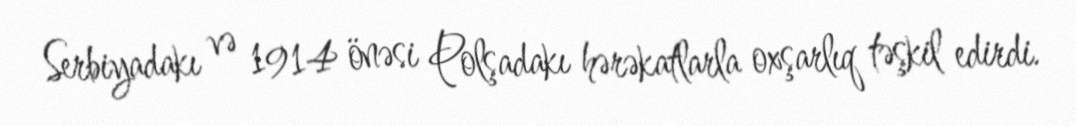
Serbiyadakı və 1914 önəsi Polşadakı hərəkatlarla oxşarlıq təşkil edirdi.